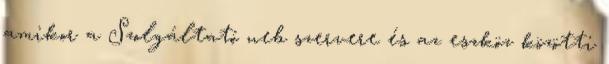
amikor a Szolgáltató web szervere és az eszköz közötti